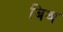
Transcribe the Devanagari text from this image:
बिश्र